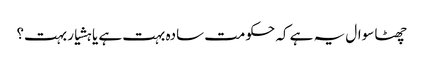
چھٹا سوال یہ ہے کہ حکومت سادہ بہت ہے یا ہشیار بہت؟